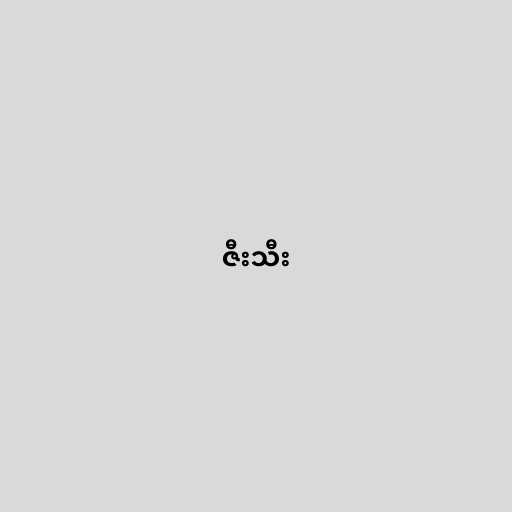
ဇီးသီး